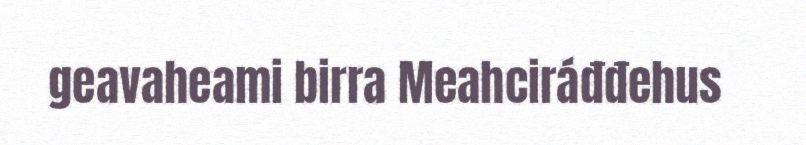
geavaheami birra Meahciráđđehus